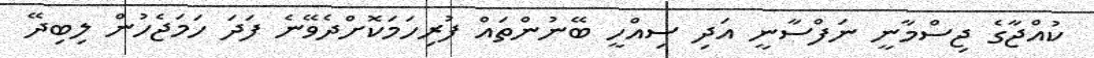
ކުއްޖާގެ ޖިސްމާނީ ނަފްސާނީ އަދި ސިއްހީ ބޭނުންތައް ފުރިހަމަކޮށްދެވޭނެ ފަދަ ހަމަޖެހުން ލިބިދޭ